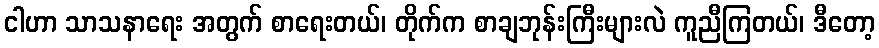
ငါဟာ သာသနာရေး အတွက် စာရေးတယ်၊ တိုက်က စာချဘုန်းကြီးများလဲ ကူညီကြတယ်၊ ဒီတော့